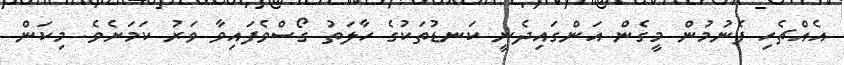
އެއްޗެހި ފެނުމުން މީގެން އަންގައިދެނީ ކަނޑުތަކުގެ ހާލަތު ގޯސްވެފައިވާ ވަރު ކަމަށެވެ. މިކަން